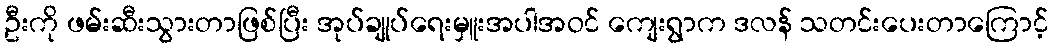
ဦးကို ဖမ်းဆီးသွားတာဖြစ်ပြီး အုပ်ချုပ်ရေးမှူးအပါအဝင် ကျေးရွာက ဒလန် သတင်းပေးတာကြောင့်